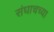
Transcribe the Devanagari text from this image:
संघाचच्या